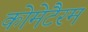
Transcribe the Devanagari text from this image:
कोमेटैरम